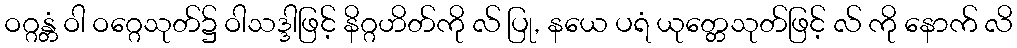
ဝဂ္ဂန္တံ ဝါ ဝဂ္ဂေသုတ်၌ ဝါသဒ္ဒါဖြင့် နိဂ္ဂဟိတ်ကို လ် ပြု, နယေ ပရံ ယုတ္တေသုတ်ဖြင့် လ် ကို နောက် လိ